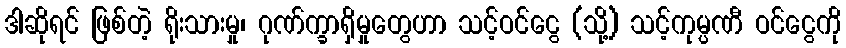
ဒါဆိုရင် ဖြစ်တဲ့ ရိုးသားမှု၊ ဂုဏ်က္ခာရှိမှုတွေဟာ သင့်ဝင်ငွေ (သို့) သင့်ကုမ္ပဏီ ဝင်ငွေကို